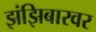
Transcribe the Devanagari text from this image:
झंझिबारवर